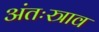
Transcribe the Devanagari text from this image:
अंतःस्त्राव